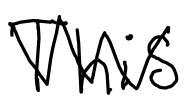
Text: This
Cross-out: zig-zag
Writing tool: digital_black